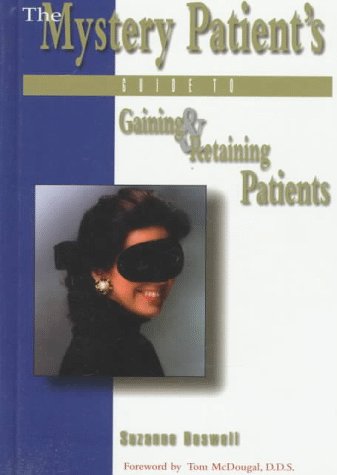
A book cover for The Mystery Patient's Guide to Gaining & Retaining Patients; Suzanne Boswell; Medical Books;